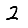
Digit: 2